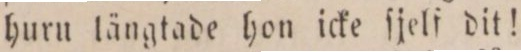
huru längtade hon icke ſjelf dit!